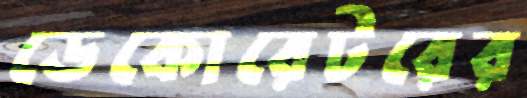
ডেকোরেটরের